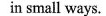
in small ways.